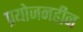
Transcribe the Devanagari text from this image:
प्रयोजनहीन